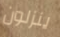
ينزلون